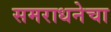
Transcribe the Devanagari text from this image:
समराधनेचा